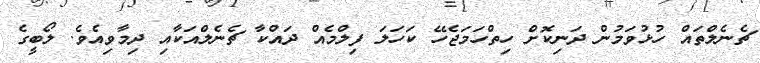
ޗެނެލްތައް ހުޅުވަމުން ދަނިކޮށް ހިތްހަމަޖެހޭ ކަހަލަ ފިލްމެއް ދައްކާ ޗެނެލްއަކާއި ދިމާވިއެވެ. ލޯބީގެ